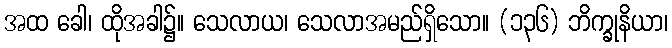
အထ ခေါ၊ ထိုအခါ၌။ သေလာယ၊ သေလာအမည်ရှိသော။ (၁၃၆) ဘိက္ခုနိယာ၊